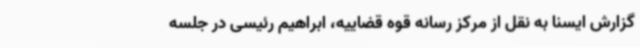
گزارش ایسنا به نقل از مرکز رسانه قوه قضاییه، ابراهیم رئیسی در جلسه